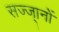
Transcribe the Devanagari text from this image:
सज्ज्ानों